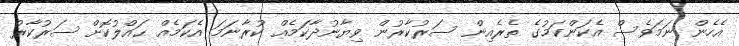
އެހެން ނަމަވެސް އެކަންކަމުގެ ތެރެއިން ސަރުކާރުން ވިޔާނުދާކަމެއް ކުރާނަމަ އެކަމެއް ޙައްލުކޮށް ސަރުކާރު